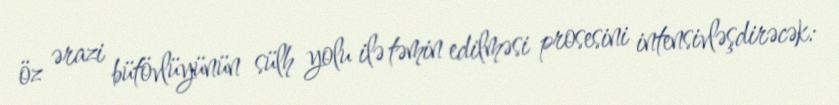
öz ərazi bütövlüyünün sülh yolu ilə təmin edilməsi prosesini intensivləşdirəcək: